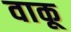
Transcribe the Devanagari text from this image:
वाकू